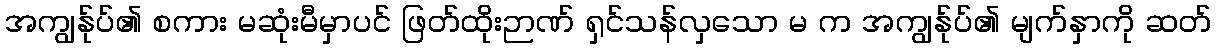
အကျွန်ုပ်၏ စကား မဆုံးမီမှာပင် ဖြတ်ထိုးဉာဏ် ရှင်သန်လှသော မ က အကျွန်ုပ်၏ မျက်နှာကို ဆတ်